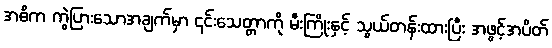
အဓိက ကွဲပြားသောအချက်မှာ ၎င်းသေတ္တာကို မီးကြိုးနှင့် သွယ်တန်းထားပြီး အဖွင့်အပိတ်